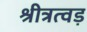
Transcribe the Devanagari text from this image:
श्रीत्रत्वड़